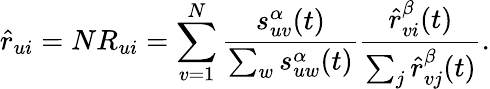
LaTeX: \hat{r}_{ui}=NR_{ui}=\sum_{v=1}^{N}\frac{s_{uv}^{\alpha}(t)}{\sum_{w}s_{uw}^{\alpha}(t)}\frac{\hat{r}_{vi}^{\beta}(t)}{\sum_{j}\hat{r}_{vj}^{\beta}(t)}.